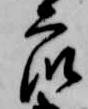
衆